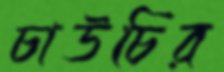
চাউচির